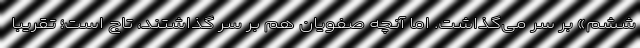
ششم» بر سر می‌گذاشت. اما آنچه صفویان هم بر سر گذاشتند، تاج است؛ تقریبا